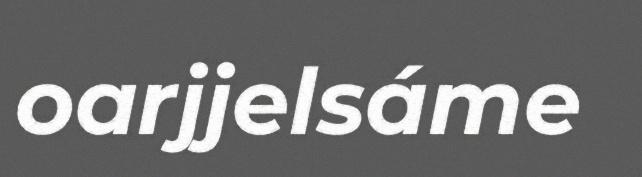
oarjjelsáme